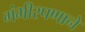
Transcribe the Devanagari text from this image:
गंभीरपणाने